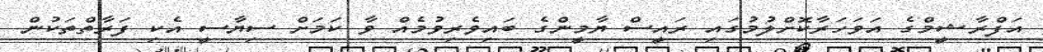
އަފްރާޝީމްގެ އަވަހަރާކޮށްލުމުގައި ރައީސް ޔާމީންގެ ބައިވެރިވުމެއް ވާ ކަމަށް ސިޔާސީ އެކި ފަރާތްތަކުން